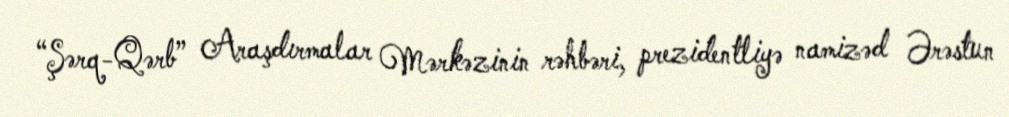
“Şərq-Qərb” Araşdırmalar Mərkəzinin rəhbəri, prezidentliyə namizəd Ərəstun